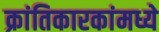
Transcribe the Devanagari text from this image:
क्रांतिकारकांमध्ये